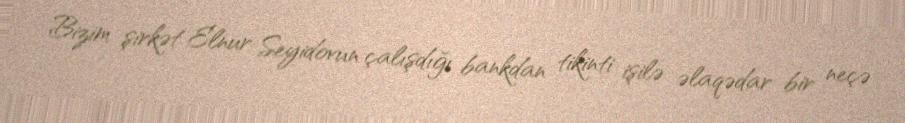
Bizim şirkət Elnur Seyidovun çalışdığı bankdan tikinti işilə əlaqədar bir neçə